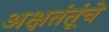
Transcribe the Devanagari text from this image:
अक्षतंतूंचे